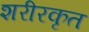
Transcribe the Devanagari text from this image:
शरीरकृत